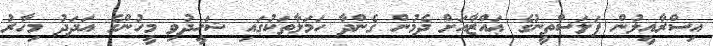
އިސްރާއީލުން ފަލަސްތީނުގެ ޢައްޒާއަށް ދެމުން ގެންދާ ހަމަލާތަކުގައި ޝަހީދުވި މީހުންގެ އަދަދު މިހާރު